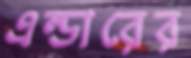
এল্ডারের